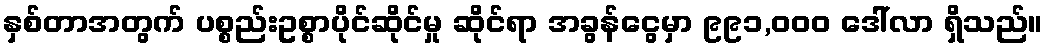
နှစ်တာအတွက် ပစ္စည်းဥစ္စာပိုင်ဆိုင်မှု ဆိုင်ရာ အခွန်ငွေမှာ ၉၉၁,၀၀၀ ဒေါ်လာ ရှိသည်။